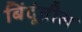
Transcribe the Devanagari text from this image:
बिंदूंतील